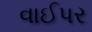
વાઈપર